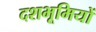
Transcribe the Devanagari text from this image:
दशभूमियों